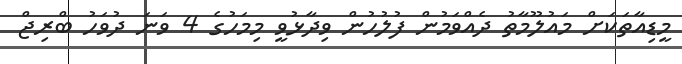
މީޑިއާތަކަށް މައުލޫމާތު ދެއްވަމުން ފުލުހުން ވިދާޅުވީ މިމަހުގެ 4 ވަނަ ދުވަހު ބްރިޖް